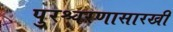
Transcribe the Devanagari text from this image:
पुरश्चरणासारखी